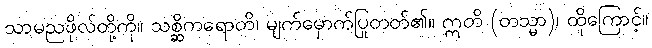
သာမညဖိုလ်တို့ကို။ သစ္ဆိကရောတိ၊ မျက်မှောက်ပြုတတ်၏။ ဣတိ (တသ္မာ)၊ ထိုကြောင့်။